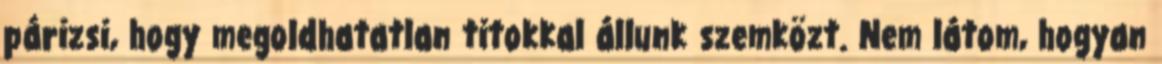
párizsi, hogy megoldhatatlan titokkal állunk szemközt. Nem látom, hogyan